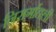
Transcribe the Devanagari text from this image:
निसर्गातली